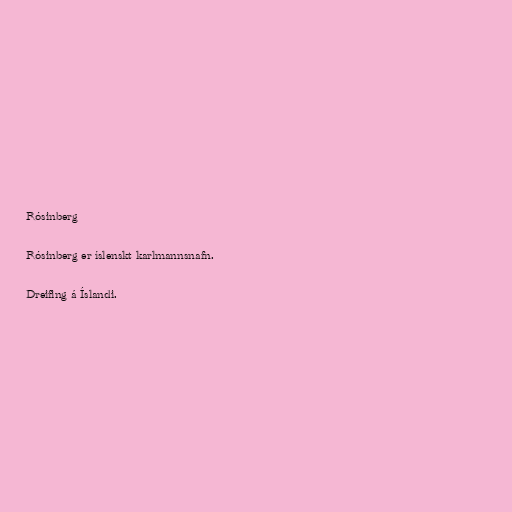
Rósinberg

Rósinberg er íslenskt karlmannsnafn.

Dreifing á Íslandi.